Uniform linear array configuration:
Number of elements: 64
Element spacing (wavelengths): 0.25
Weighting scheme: blackman
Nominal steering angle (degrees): -30
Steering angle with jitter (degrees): -31.402
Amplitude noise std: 0.05
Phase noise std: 0.05

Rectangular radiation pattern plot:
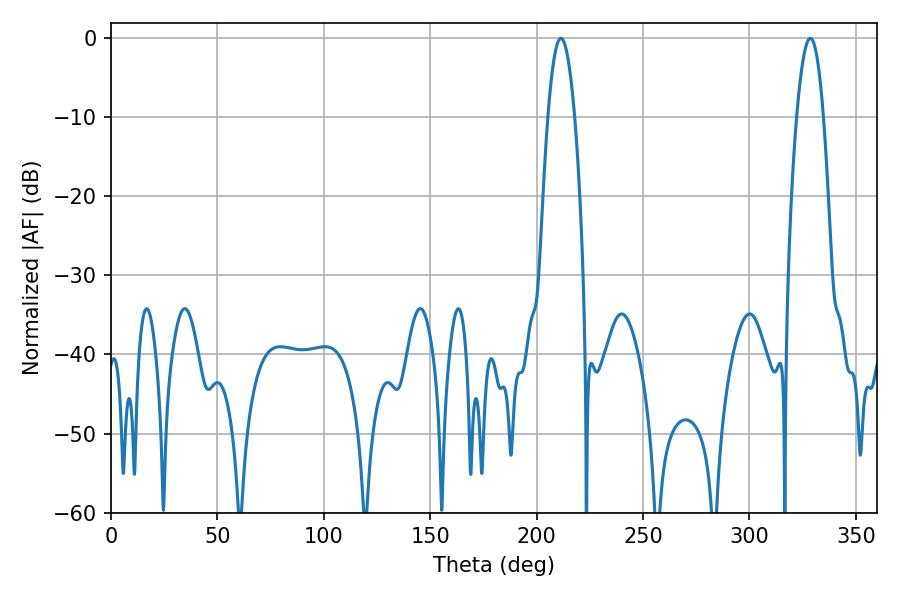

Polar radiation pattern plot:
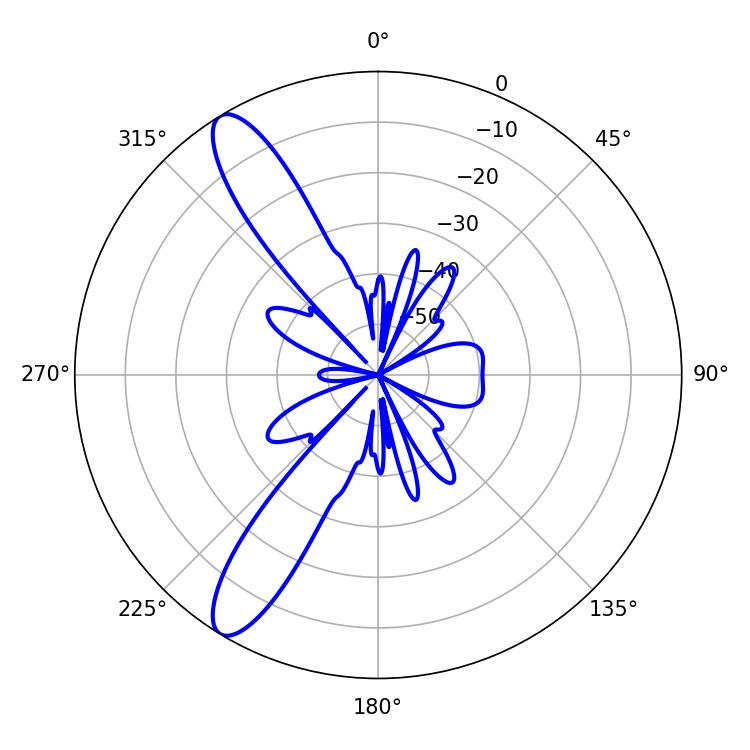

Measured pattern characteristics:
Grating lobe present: FALSE
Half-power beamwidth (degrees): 6.84
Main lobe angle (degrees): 211.32